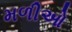
મળીઓ